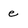
Character: e